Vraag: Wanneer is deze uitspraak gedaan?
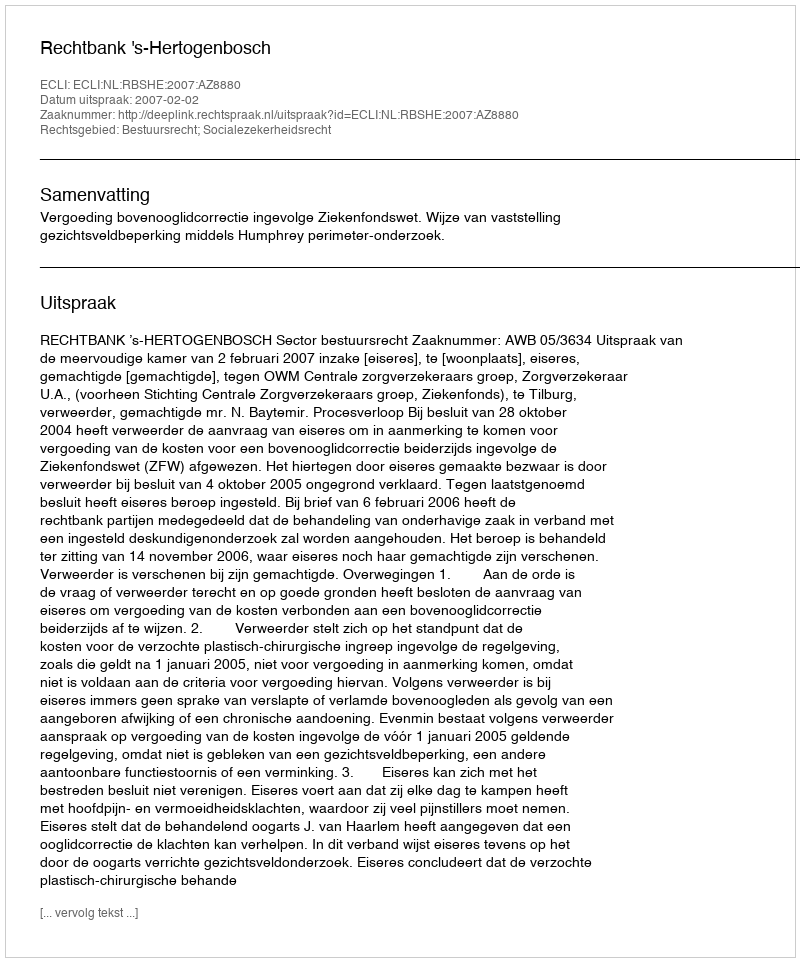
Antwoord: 2007-02-02